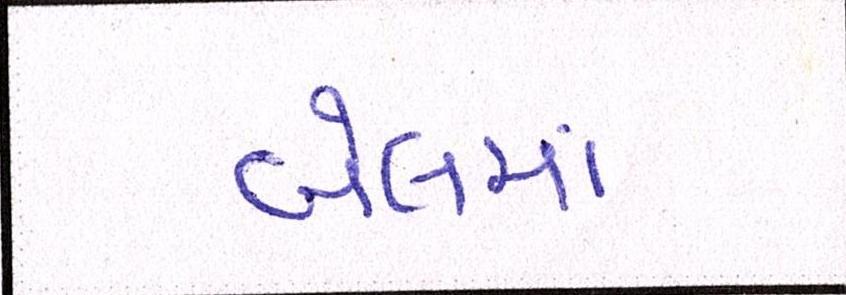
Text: બેલમાં